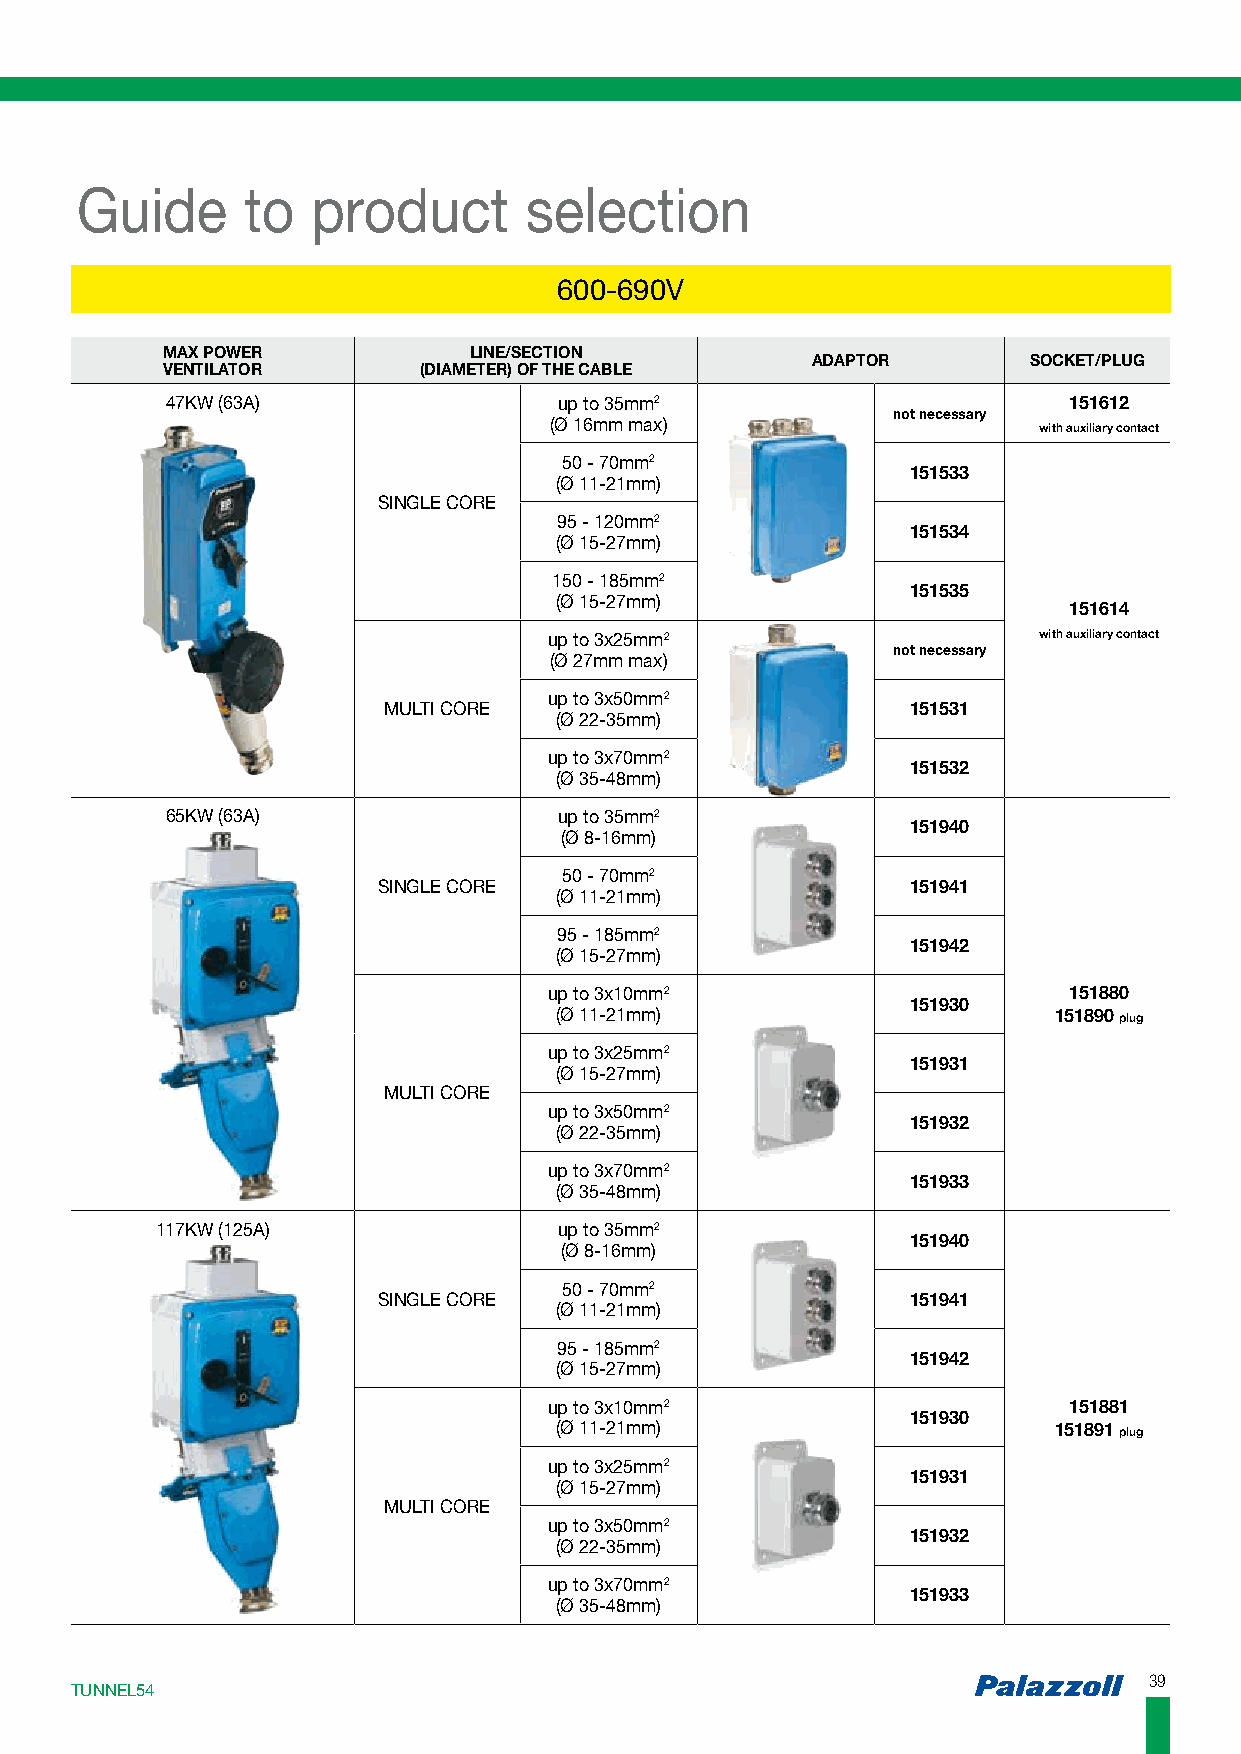
Guide      to   product       selection
 660000--669900VV
 MAX POWER           LINE/SECTION
 ADAPTOR       SOCKET/PLUG
 VENTILATOR       (DIAMETER) OF THE CABLE
 47KW (63A)                up to 35mm2                       151612
 not necessary
 (Ø 16mm max)                     with auxiliary contact
 50 - 70mm2
 151533
 (Ø 11-21mm)
 SINGLE CORE
 95 - 120mm2
 151534
 (Ø 15-27mm)
 150 - 185mm2
 151535
 (Ø 15-27mm)
 151614
 up to 3x25mm2                    with auxiliary contact
 not necessary
 (Ø 27mm max)
 up to 3x50mm2
 MULTI CORE                         151531
 (Ø 22-35mm)
 up to 3x70mm2
 151532
 (Ø 35-48mm)
 65KW (63A)                up to 35mm2
 151940
 (Ø 8-16mm)
 50 - 70mm2
 SINGLE CORE                        151941
 (Ø 11-21mm)
 95 - 185mm2
 151942
 (Ø 15-27mm)
 up to 3x10mm2                      151880
 151930
 (Ø 11-21mm)                      151890 plug
 up to 3x25mm2
 151931
 (Ø 15-27mm)
 MULTI CORE
 up to 3x50mm2
 151932
 (Ø 22-35mm)
 up to 3x70mm2
 151933
 (Ø 35-48mm)
 117KW (125A)               up to 35mm2
 151940
 (Ø 8-16mm)
 50 - 70mm2
 SINGLE CORE                        151941
 (Ø 11-21mm)
 95 - 185mm2
 151942
 (Ø 15-27mm)
 up to 3x10mm2                      151881
 151930
 (Ø 11-21mm)                      151891 plug
 up to 3x25mm2
 151931
 (Ø 15-27mm)
 MULTI CORE
 up to 3x50mm2
 151932
 (Ø 22-35mm)
 up to 3x70mm2
 151933
 (Ø 35-48mm)
 3399
 TTUUNNNNEELL5544